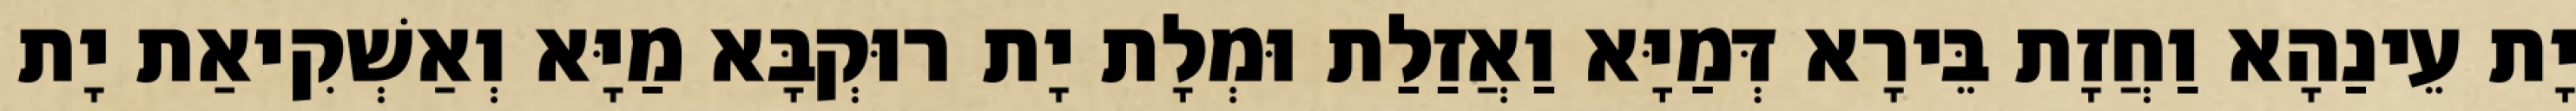
יָת עֵינַהָא וַחֲזָת בֵּירָא דְּמַיָּא וַאֲזַלַת וּמְלָת יָת רוּקְבָּא מַיָּא וְאַשְׁקִיאַת יָת